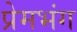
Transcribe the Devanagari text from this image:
प्रेमभंग